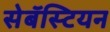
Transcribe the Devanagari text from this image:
सेबॅस्टियन